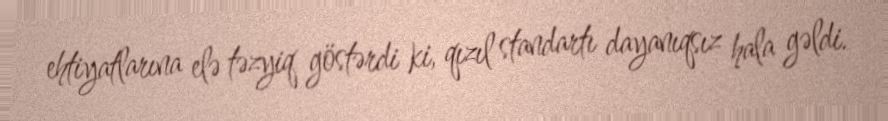
ehtiyatlarına elə təzyiq göstərdi ki, qızıl standartı dayanıqsız hala gəldi.